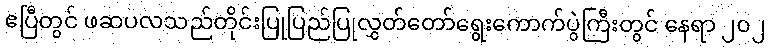
ဧပြီတွင် ဖဆပလသည်တိုင်းပြုပြည်ပြုလွှတ်တော်ရွေးကောက်ပွဲကြီးတွင် နေရာ ၂၀၂